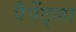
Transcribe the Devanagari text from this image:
पैपेंट्ला